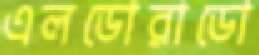
এলডোরাডো